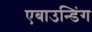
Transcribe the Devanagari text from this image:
एबाउन्डिंग